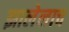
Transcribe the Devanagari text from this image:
झालेलाच